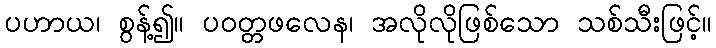
ပဟာယ၊ စွန့်၍။ ပဝတ္တဖလေန၊ အလိုလိုဖြစ်သော သစ်သီးဖြင့်။